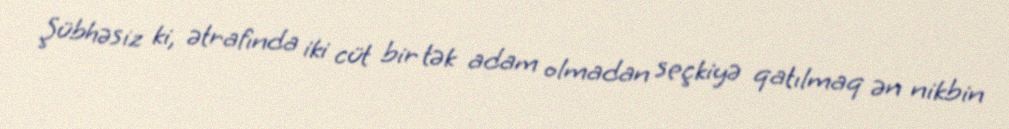
Şübhəsiz ki, ətrafında iki cüt bir tək adam olmadan seçkiyə qatılmaq ən nikbin